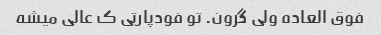
فوق العاده ولی گرون. تو فودپارتی ک عالی میشه